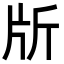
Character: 𣂔